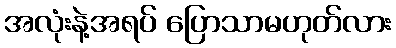
အလုံးနဲ့အရပ် ပြောသာမဟုတ်လား